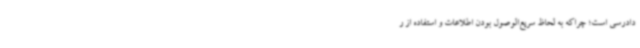
دادرسی است؛ چراکه به لحاظ سریع‌الوصول بودن اطلاعات و استفاده از ر